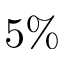
5 \%